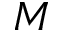
M